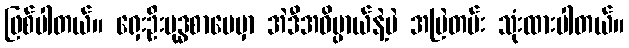
ဖြစ်ပါတယ်။ ရှေးဦးဗုဒ္ဓစာပေမှာ အဲဒီအဓိပ္ပာယ်နဲ့ပဲ အမြဲတမ်း သုံးထားပါတယ်။